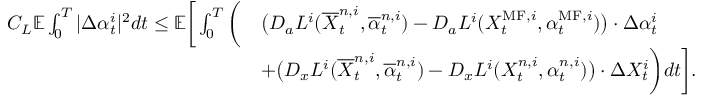
\begin{array} { r l } { C _ { L } { \mathbb E } \int _ { 0 } ^ { T } | \Delta \alpha _ { t } ^ { i } | ^ { 2 } d t \le { \mathbb E } \bigg [ \int _ { 0 } ^ { T } \bigg ( } & { \big ( D _ { a } L ^ { i } ( \overline { { X } } _ { t } ^ { n , i } , \overline { { \alpha } } _ { t } ^ { n , i } ) - D _ { a } L ^ { i } ( X _ { t } ^ { \mathrm { M F } , i } , \alpha _ { t } ^ { \mathrm { M F } , i } ) \big ) \cdot \Delta \alpha _ { t } ^ { i } } \\ & { + \big ( D _ { x } L ^ { i } ( \overline { { X } } _ { t } ^ { n , i } , \overline { { \alpha } } _ { t } ^ { n , i } ) - D _ { x } L ^ { i } ( X _ { t } ^ { n , i } , \alpha _ { t } ^ { n , i } ) \big ) \cdot \Delta X _ { t } ^ { i } \bigg ) d t \bigg ] . } \end{array}